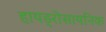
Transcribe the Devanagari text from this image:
हायड्रोसायनिक